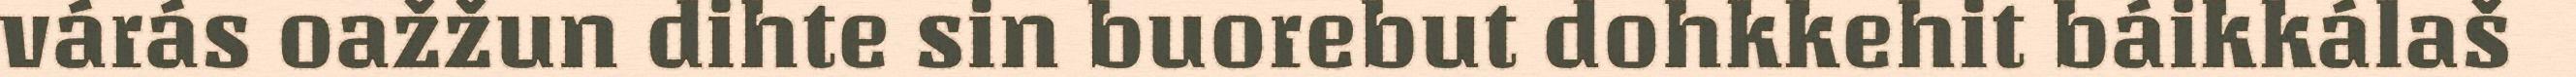
várás oažžun dihte sin buorebut dohkkehit báikkálaš